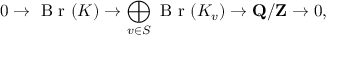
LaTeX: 0 \rightarrow { \textrm { B r } } ( K ) \rightarrow \bigoplus _ { v \in S } { \textrm { B r } } ( K _ { v } ) \rightarrow \mathbf { Q } / \mathbf { Z } \rightarrow 0 ,